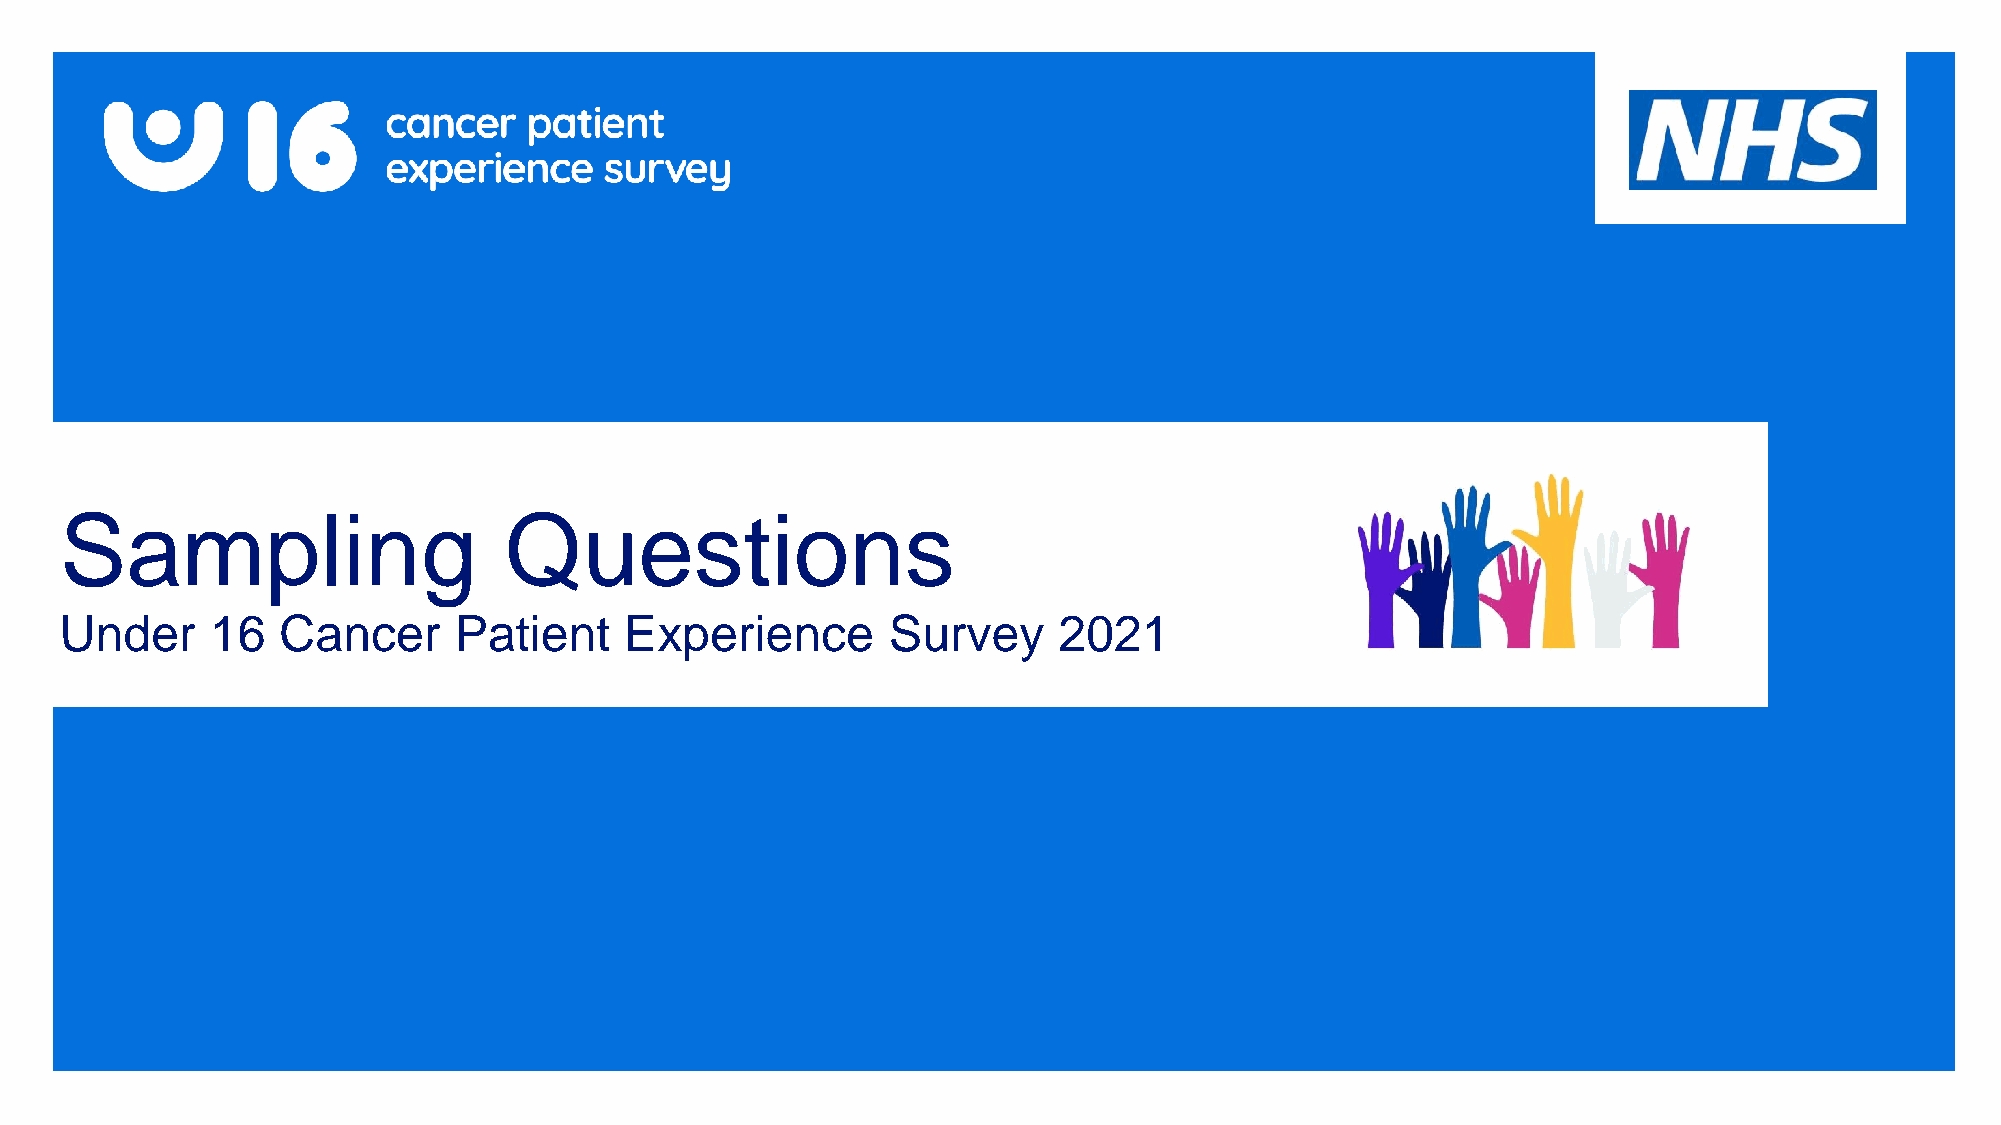
Sampling                     Questions
 Under     16  Cancer      Patient    Experience        Survey     2021